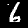
Digit: 6